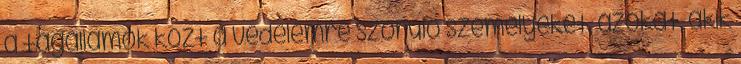
a tagállamok közt a védelemre szoruló személyeket, azokat, akik